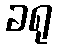
ခရု